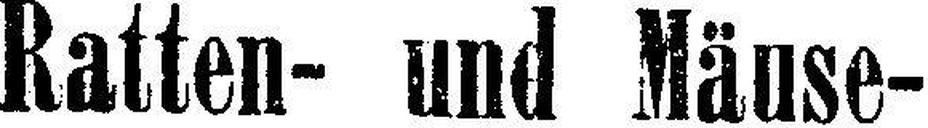
Ratten- und Mäuse-